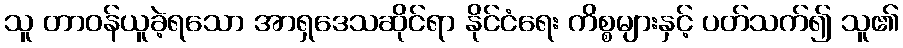
သူ တာဝန်ယူခဲ့ရသော အာရှဒေသဆိုင်ရာ နိုင်ငံရေး ကိစ္စများနှင့် ပတ်သက်၍ သူ၏